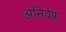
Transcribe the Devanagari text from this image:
अनिर्वण